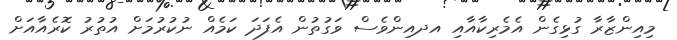
މިއިންޒާރާ ގުޅިގެން އެމެރިކާއާއި އދއިންވެސް ވަގުތުން އެފަދަ ކަމެއް ނުކުރުމަށް އުތުރު ކޮރެއާއަށް